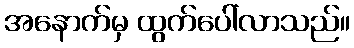
အနောက်မှ ထွက်ပေါ်လာသည်။